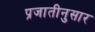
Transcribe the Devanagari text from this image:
प्रजातीनुसार